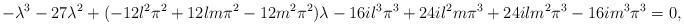
LaTeX: \begin{align*}-\lambda^3-27\lambda^2+(-12l^2\pi^2+12lm\pi^2-12m^2\pi^2)\lambda-16il^3\pi^3+24il^2m\pi^3+24ilm^2\pi^3-16im^3\pi^3=0,\end{align*}